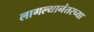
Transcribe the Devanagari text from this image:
लागल्यानंतरच्या